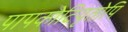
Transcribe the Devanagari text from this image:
पापकोटियृतोपि